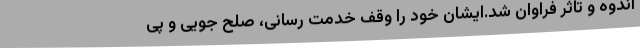
اندوه و تاثر فراوان شد.ایشان خود را وقف خدمت رسانی، صلح جویی و پی